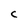
Character: C